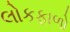
લોકફાળો